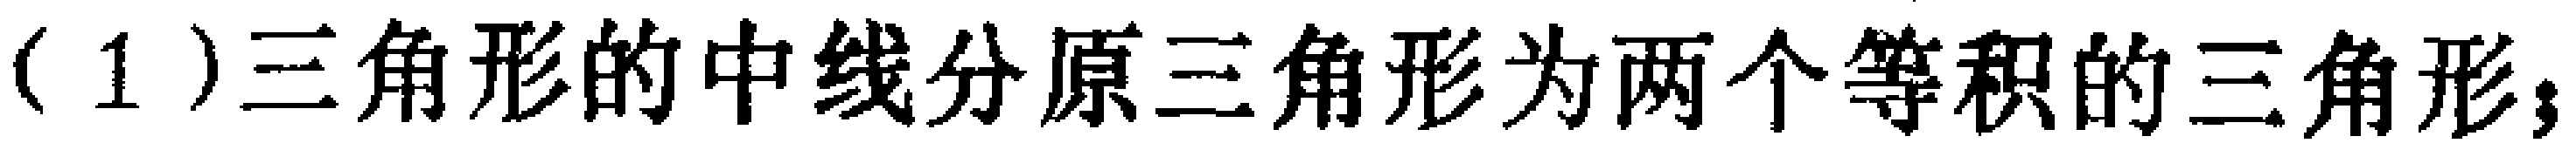
（1）三角形的中线分原三角形为两个等积的三角形；